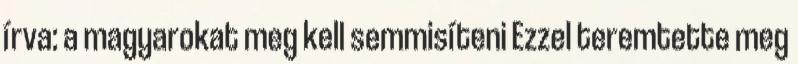
írva: a magyarokat meg kell semmisíteni Ezzel teremtette meg